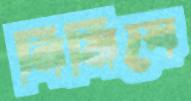
নিমিষে